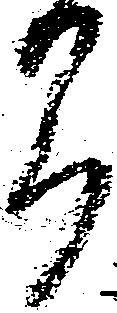
間